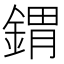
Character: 𨩋